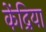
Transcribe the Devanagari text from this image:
केंद्रिया